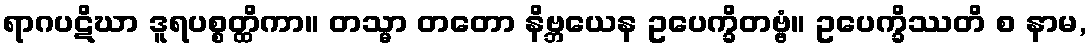
ရာဂပဋိဃာ ဒူရပစ္စတ္ထိကာ။ တသ္မာ တတော နိဗ္ဘယေန ဥပေက္ခိတဗ္ဗံ။ ဥပေက္ခိဿတိ စ နာမ,